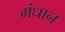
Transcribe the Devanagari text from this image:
मंधान